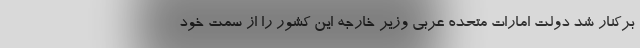
برکنار شد دولت امارات متحده عربی وزیر خارجه این کشور را از سمت خود